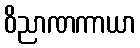
ဝိညာဏကာယာ